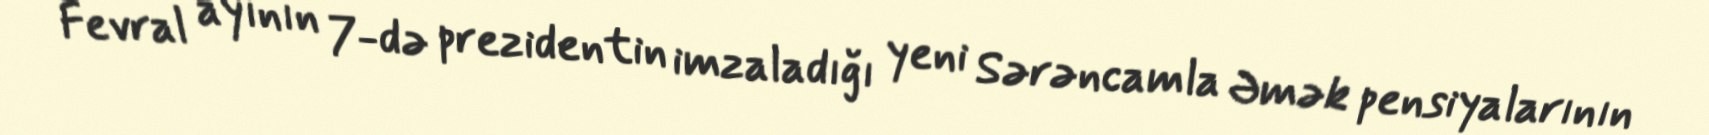
Fevral ayının 7-də prezidentin imzaladığı yeni Sərəncamla Əmək pensiyalarının